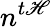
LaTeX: n^{t\mathscr{H}}